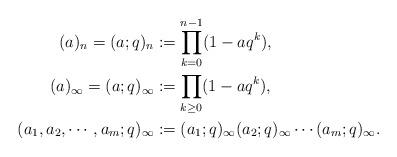
LaTeX: \begin{align*}(a)_n=(a;q)_n&:=\prod_{k=0}^{n-1}(1-aq^{k}),\\(a)_\infty=(a;q)_{\infty}&:=\prod_{k\ge 0} (1-aq^{k}),\\(a_1,a_2,\cdots,a_m;q)_\infty&:=(a_1;q)_\infty(a_2;q)_\infty\cdots(a_m;q)_\infty.\end{align*}